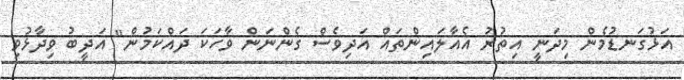
އަޅުގަނޑުމެން މިދަނީ އިތުރު އެއާލައިންތައް އަދިވެސް ގެންނަން ވާހަކަ ދައްކަމުން" އަދީބު ވިދާޅުވި